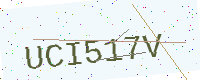
Text: UCI517V